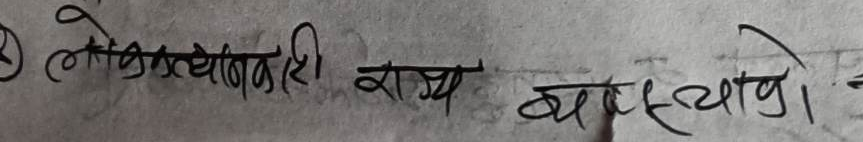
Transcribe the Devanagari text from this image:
लोकतन्त्रवादी राज्य व्यवस्थायो।